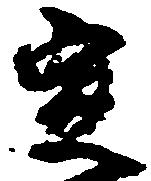
定